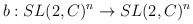
\begin{align*}b : SL(2,C)^{n} \rightarrow SL(2,C)^{n}\end{align*}